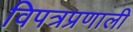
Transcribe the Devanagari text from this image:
विपत्रप्रणाली